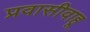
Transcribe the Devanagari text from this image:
प्रवासीवाहू